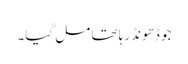
جو ڈھونڈ رہا تھا مل گیا۔